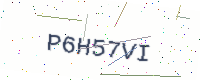
Text: P6H57VI